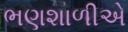
ભણશાળીએ